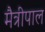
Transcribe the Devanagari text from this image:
मैत्रीपाल